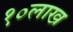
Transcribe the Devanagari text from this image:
१०लाख